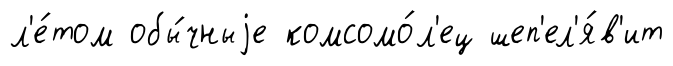
л'е́том обы́чныjе комсомо́л'ец шеп'ел'я́в'ит